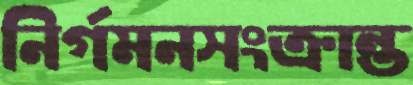
নির্গমনসংক্রান্ত